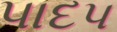
પાદપ